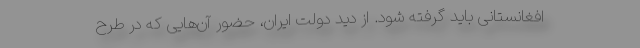
افغانستانی باید گرفته شود. از دید دولت ایران، حضور آن‌هایی که در طرح